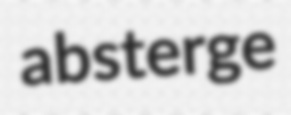
absterge